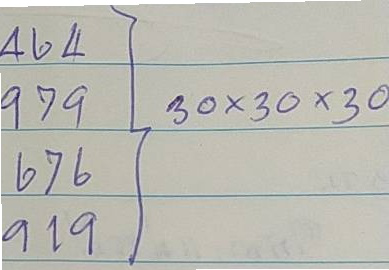
464 = 30 x 30 x 30
979 = 30 x 30 x 30
676 = 30 x 30 x 30
919 = 30 x 30 x 30